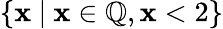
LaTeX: \{ \mathbf{x}\ |\ \mathbf{x}\in\mathbb{{Q}},\mathbf{x}<2\}